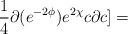
LaTeX: \begin{align*}\frac{1}{4}\partial (e^{-2\phi})e^{2\chi}c\partial c ]=\end{align*}